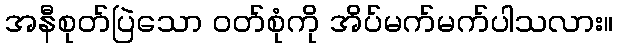
အနီစုတ်ပြဲသော ၀တ်စုံကို အိပ်မက်မက်ပါသလား။